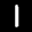
Label: 1